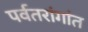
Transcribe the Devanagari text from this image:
पर्वतरांगांत